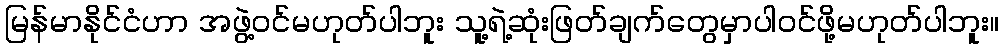
မြန်မာနိုင်ငံဟာ အဖွဲ့ဝင်မဟုတ်ပါဘူး သူ့ရဲ့ဆုံးဖြတ်ချက်တွေမှာပါဝင်ဖို့မဟုတ်ပါဘူး။